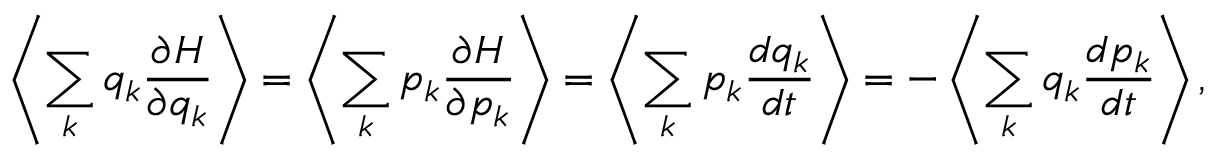
\left\langle \sum _ { k } q _ { k } { \frac { \partial H } { \partial q _ { k } } } \right\rangle = \left\langle \sum _ { k } p _ { k } { \frac { \partial H } { \partial p _ { k } } } \right\rangle = \left\langle \sum _ { k } p _ { k } { \frac { d q _ { k } } { d t } } \right\rangle = - \left\langle \sum _ { k } q _ { k } { \frac { d p _ { k } } { d t } } \right\rangle ,